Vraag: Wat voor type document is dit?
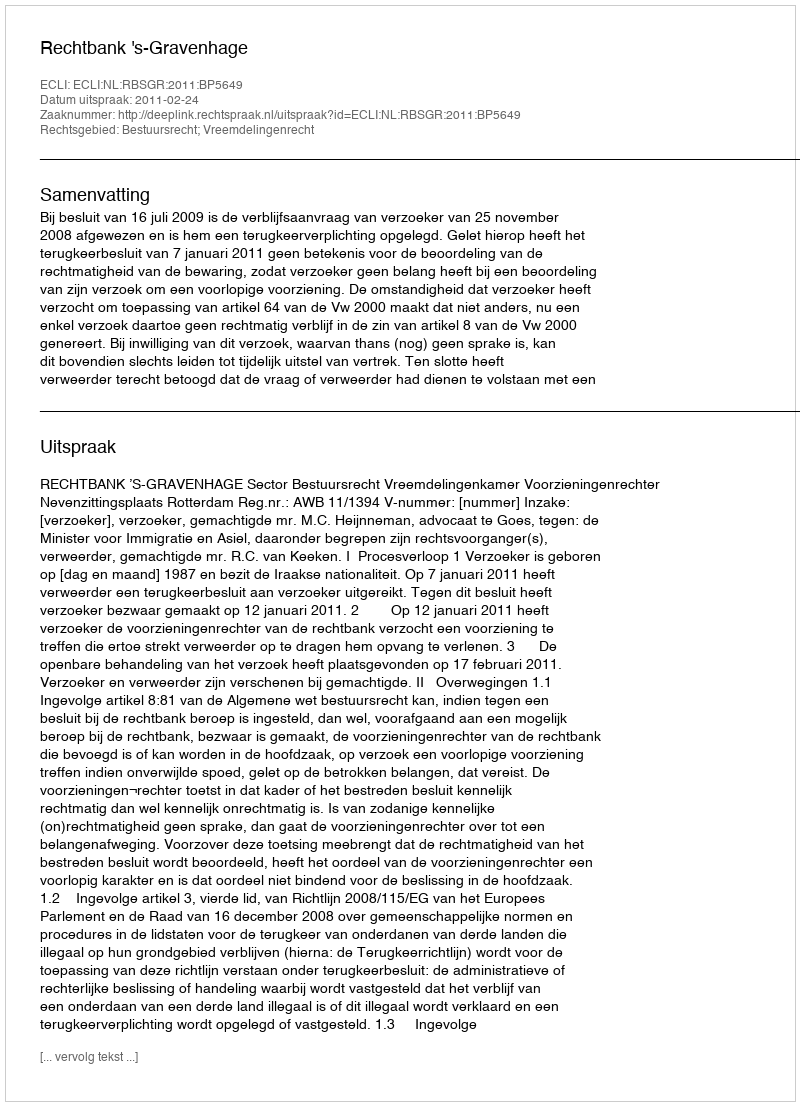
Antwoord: Uitspraak